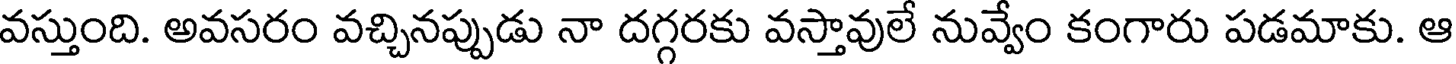
వస్తుంది. అవసరం వచ్చినప్పుడు నా దగ్గరకు వస్తావులే నువ్వేం కంగారు పడమాకు. ఆ